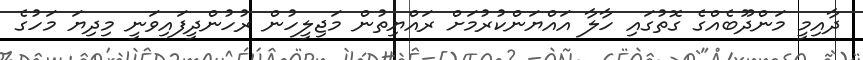
ދާއިމީ މަންދޫބެއްގެ ގޮތުގައި ހާލާ އައްޔަންކުރުމަށް ރައްޔިތުން މަޖިލީހުން ރުހުންދީފައިވަނީ މިދިޔަ މަހުގެ